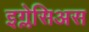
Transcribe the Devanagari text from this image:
इग्लेसिअस